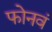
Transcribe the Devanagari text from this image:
फोनवं